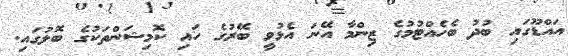
އައްޑޫގައި ބުދު ބެހެއްޓުމުގެ ޒިންމާ އޭނަ އެޅުވީ ބޭރުގެ ހައި ކޮމިޝަންތަކުގެ ބޮލުގައި.